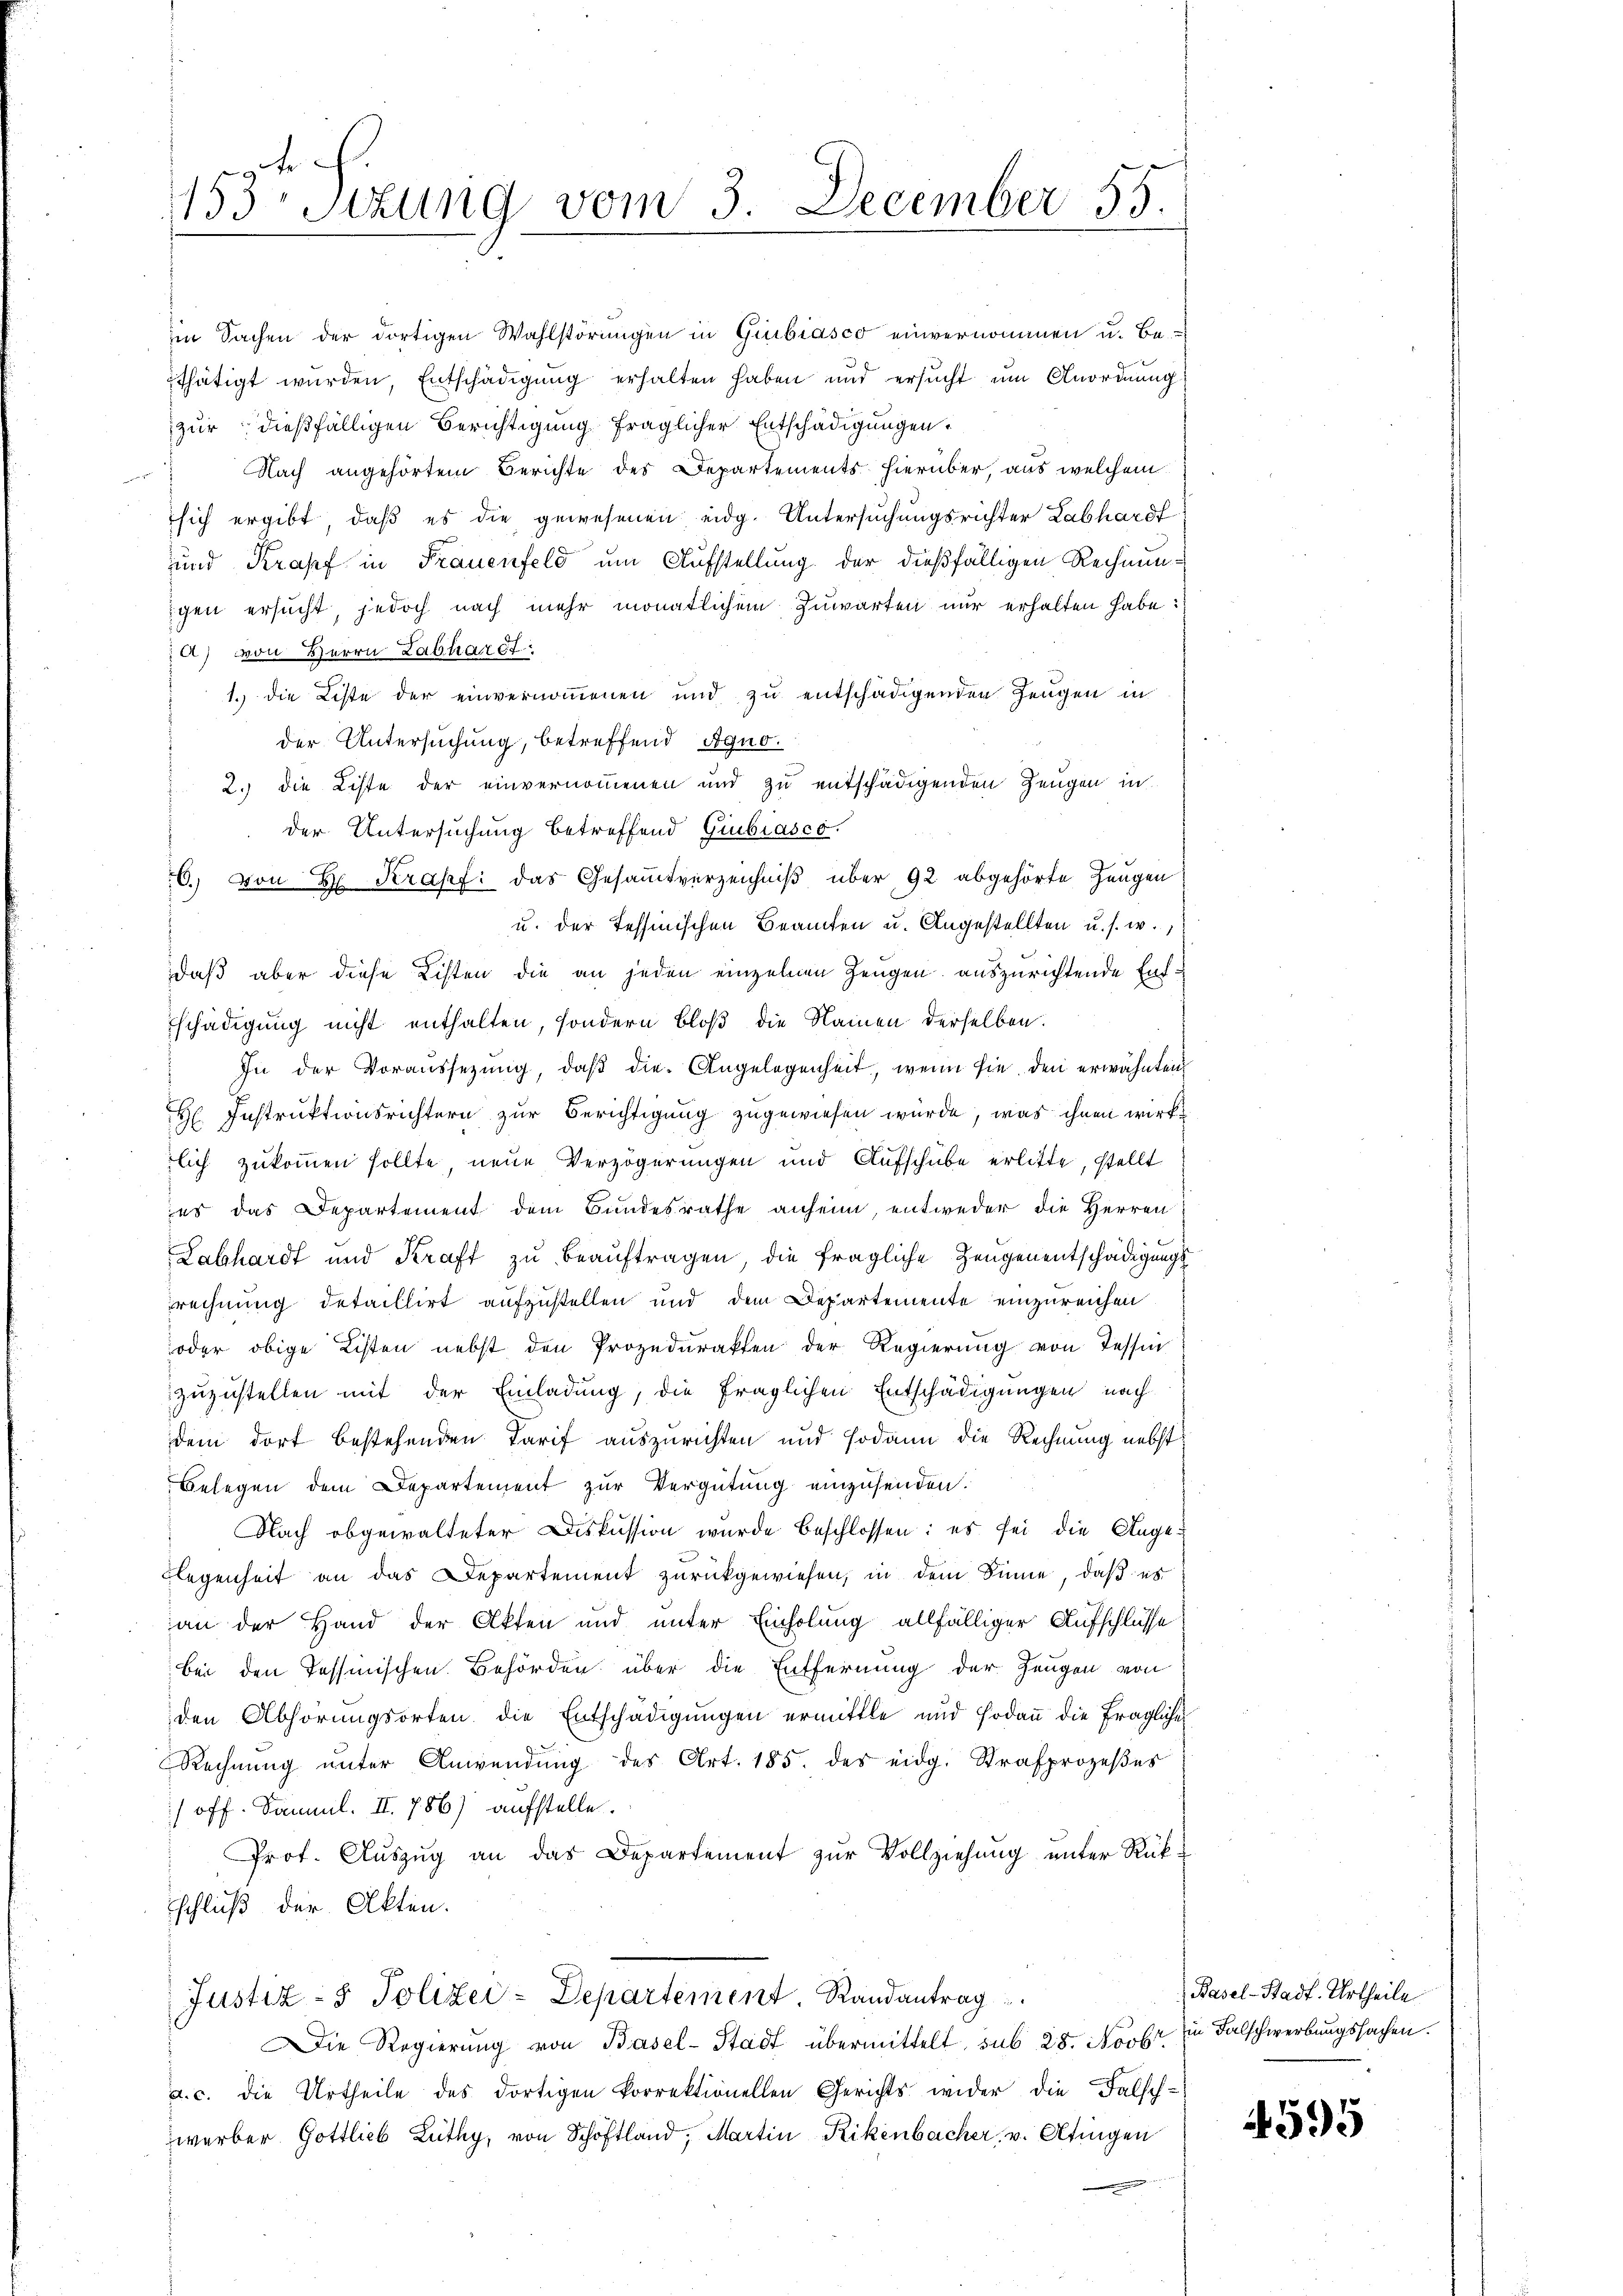
153. Sizung vom 3 December 55.

iin Sachen der dortigen Wahlstörungen in Gubiasco einvernommen u. Be-
thätigt wurden Entschädigung erhalten haben und ersucht um Anordnung
zur dießfälligen Berichtigung fraglicher Entschädigungen.
 Nach angehörtem Berichte des Departements hierüber, aus welchem
sich ergibt, daß es die gewesenen eidg. Untersuchungsrichter Labhardt
und Krapf in Frauenfeld um Aufstellung der dießfälligen Rechnunigen ersucht, jedoch nach mehr monatlichem Zuwarten nur erhalten habe:
a) von Herrn Labhardt.
1.) Die Liste der einvernommenen und zu entschädigenden Zeugen in
der Untersuchung, betreffend Agno¬
2.) Die Liste der einvernommenen und zu entschädigenden Zeugen in
der Untersuchung betreffend Giubiasco.
C. von E. Krapf: das Gesamtverzeichniß über 92 abgehörte Zeugen
u. der Tessinischen Beamten u. Angestellten u. s. w.,
daß aber diese Listen die an jeden einzelnen Zeugen auszurichtende Entschädigung nicht enthalten, sondern bloß die Namen derselben:
In der Voraussetzŭng, daβ die Angelegenheit, wenn sie den erwähnten
H: Instruktionsrichtern zur Berichtigung zugewiesen wurde, was ihnen wirklich zukommen sollte neue Verzögerungen und Aufschube erlitte, stellt
es das Departement dem Bundesrathe anheim, entweder die Herren
x
Labhardt und Kraft zu beauftragen, die fragliche Zeugenentschädigungsrechnung detaillirt aufzustellen und dem Departemente einzureichen
oder obige Listen nebst den Prozedurakten der Regierung von Tessin
zuzustellen mit der Einladung, die fraglichen Entschädigungen nach
dem dort bestehenden Tarif auszurichten und sodann die Rechnung nebst
Belegen dem Departement zur Vergütung einzusenden.
Nach abgewalteter Diskussion wurde beschlossen: es sei die Ange-
Flegenheit an das Departement zurückgewiesen, in dem Sinne, daß es
an der Hand der Akten und unter Einholung allfälliger Aufschlüsse
bei den Tessinischen Behörden über die Entfernung der Zeugen von
den Abhörungsorten die Entschädigungen ermittle und sodann die fragliche
Rechnung unter Anwendung des Art. 185. des eidg. Strafprozeßes
/ off. Samml. II. 756) aufstelle.
Prof. Aŭszŭg an das Departement zŭr Vollziehung unter Rükschluß der Akten.

Justiz- & Polizei-Departement. Randantrag

Die Regierung von Basel-Stadt übermittelt, sub 28. Novbr.
a. c. die Urtheile des dortigen Vorrektionellen Gerichts wider die Falsch-
werber Gottlieb Lüthy, von Schöffland, Martin Rikenbacher, v. Altingen

Basel-Stadt-Urtheile
in Falschwerbungssachen.

4595